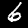
Label: 6